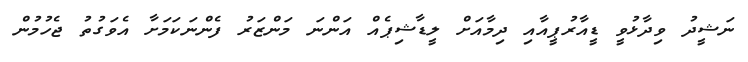
ނަޝީދު ވިދާޅުވީ ޑީއާރުޕީއާއި ދިމާއަށް ލީޑާޝިޕެއް އަންނަ މަންޒަރު ފެންނަކަމަށާ އެވަގުތު ޖެހުމުން